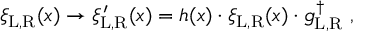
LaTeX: \xi _ { \mathrm { L , R } } ( x ) \rightarrow \xi _ { \mathrm { L , R } } ^ { \prime } ( x ) = h ( x ) \cdot \xi _ { \mathrm { L , R } } ( x ) \cdot g _ { \mathrm { L , R } } ^ { \dag } \ ,